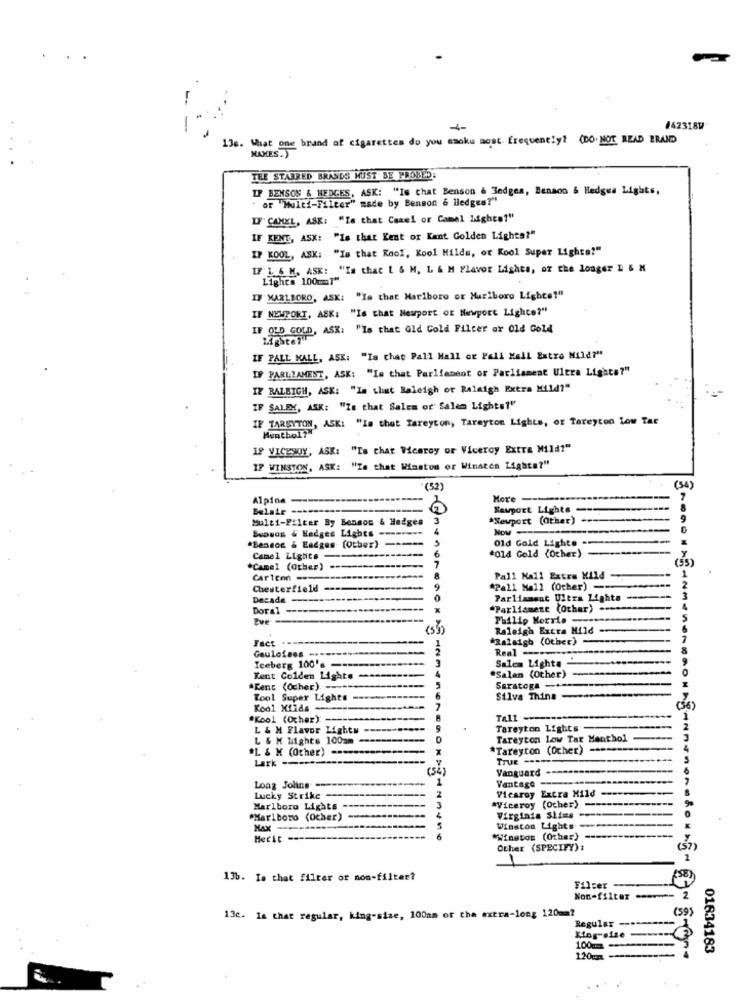
.
136. What one brand of cigarettes do you ssoku most frequently? (DO. NOT READ ERAND
MAKES.)
TEE STARRED BRANDS MUST BE PROBED:
IP BENSON & HEDGES, ASK: "Is chat Benson & 3edges, Benson & Hedges Lights,
or "Multi-Filter" made by Benson & Hedges?"
LF' CAMEL, ASK: "Is that Canel or Camel lights?"
IF KENT, ASK: "Is that Kent or Kant Golden Lights?"
IF KOOL, ASK: "Is that Kool, Kool Milde, or Kool Super Lighta?"
IF 1 6 M. ASK: "Is that [ & M, L & M Flavor Lights, or the longer L & M
Lights 100mml"
IF MARLBORO, ASK: "Is that Marlboro or Muriboro Lights?"
IF NEWPORT, ASK: "Is that Newport of Newport Lighte?"
IF OLD GOLD, ASK. "Is that Gld Cold Filter ar Old Gold
Ligste?"
IF PALL MALL, ASK: "Is chap Pall Mall or Pall Mall Extre Mild?"
IF PARLIAMENT, ASK: "Is that Parliament or Parliament Ultra Lighta?"
IZ BALBIGH, ASK: "In that Raleigh or Raleigh Extra Mild?"
IF SALEX, ASK: "Ze that Sales or' Salem Lights?"
IF TARSYTON, ASK: "Is that Tareyton, Tarayton Lights, or Tareyton low Tar
Menthol?"
IP VICESOY, ASK: "Is that Weeroy or Viceroy Extra Mild?"
IF WINSTON, ASK: "Is that Waston or Winsten Lights?"
(52)
(54)
Alpina
More ----
Belair -------
Newport Lights
Multi-Filter By Bonsos & Hedges
3
*Newport (Other)
BuDuas & Hedges Lights
Now
Old Gold Lighte -
*Bansce & Eadges (Other)
Camel Lights
6
*old Gold (Other)
(33)
*Camel (Other)
Cartemn ---
Pall Mall Extra Mild
1
Chesterfield
-
9
*Pall Mall (Other) -
Decade -------------
Parliament Ultra Lighta
3
Doral ---
----
X
"Parliament (Other) --
tue
Philip Morris ---
(53)
Raleigh Extra Mild
Fact -----
"Ralsigh (Other) -
Gauloises .
Real --
Iceberg 100's ---------
Salem Lights
Kent Colden Lights -------
"Salam (Other)
-
*Kent (Ocher) ----
5
Saratoga ------
Tool Super Lights
Silva Thins
Kool Xiids-
7
*Kool (Ochez): -----
Tall -
L & M Flavor Lights
Tareyton Lights-
L & M Lights 100am
Tareyton Low Tar Menthol
L & K (Other) ---------===
*Tareyton (Ocher) ----
Lark
(54)
Vanguard
Long Joling --
Vantage
Lucky Strike
2
*Viceroy (Ocher) -
Vicaroy Extra Mild -
90
Marlboro Lights -
3
"Marlboro (Ocher)
Virginia Slims
---
Max-
Winston Lights
Hecic
-----
*Winston (Other)
Other (SPECIFY) :
(5)
1
13b. Is that filter or non-filter?
SE)
Filer ---
Non-filter .------ 2
2
(59)
13c. Is that regular, king-size, 100am of the extra-long 120mm?
Regular ----
100 ---
01834183
120cm-